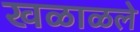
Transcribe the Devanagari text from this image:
खळाळले